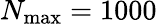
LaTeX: N_{\mathrm{max}}=1000